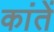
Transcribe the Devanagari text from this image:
कांतें